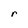
Character: r